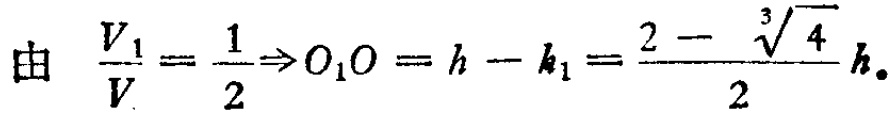
由 $\frac{V_{1}}{V}=\frac{1}{2}\Rightarrow O_{1}O = h - h_{1}=\frac{2 - \sqrt[3]{4}}{2}h.$